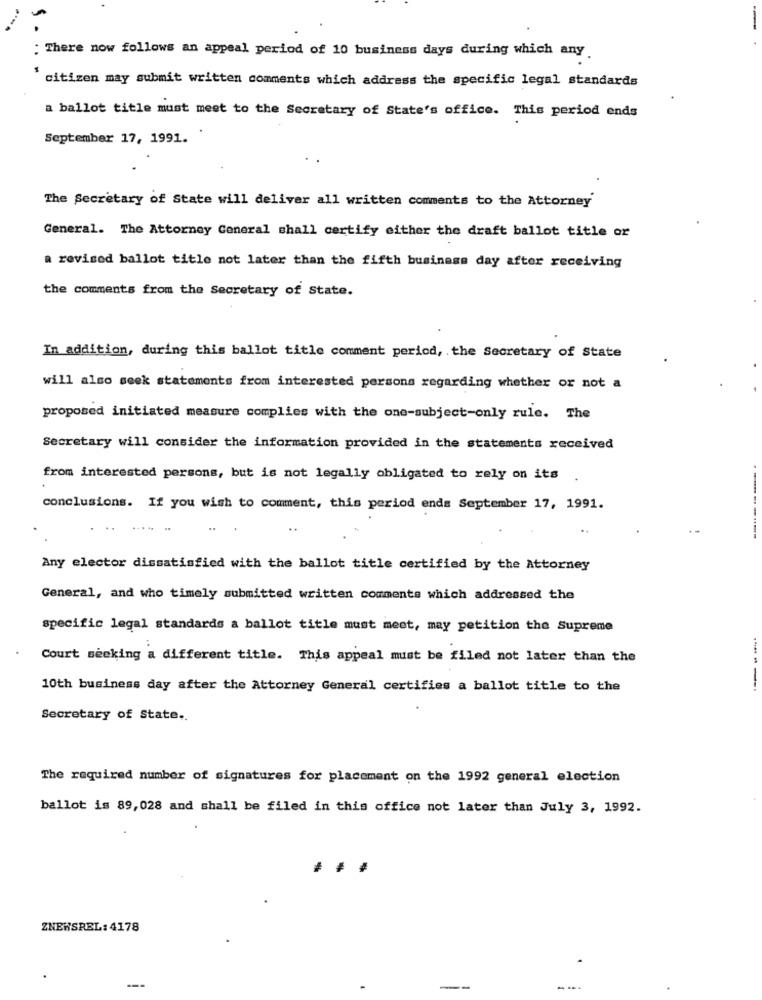
: There now follows an appeal period of 10 business days during which any.
citizen may submit written comments which address the specific legal standards
a ballot title must meet to the Secretary of State's office. This period ends
September 17, 1991.
The Secretary of State will deliver all written comments to the Attorney
General. The Attorney General shall certify either the draft ballot title or
a revised ballot title not later than the fifth business day after receiving
the comments from the Secretary of State.
In addition, during this ballot title comment period, the Secretary of State
will also seek statements from interested persons regarding whether or not a
proposed initiated measure complies with the one-subject-only rule. The
Secretary will consider the information provided in the statements received
from interested persons, but is not legally obligated to rely on its .
conclusions. If you wish to comment, this period ends September 17, 1991.
.....
Any elector dissatisfied with the ballot title certified by the Attorney
General, and who timely submitted written comments which addressed the
specific legal standards a ballot title must meet, may petition the Supreme
Court seeking a different title. This appeal must be filed not later than the
10th business day after the Attorney General certifies a ballot title to the
-------
Secretary of State ..
The required number of signatures for placement on the 1992 general election
ballot is 89, 028 and shall be filed in this office not later than July 3, 1992.
ZNEWSREL: 4178